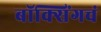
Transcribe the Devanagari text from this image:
बॉक्सिंगचं